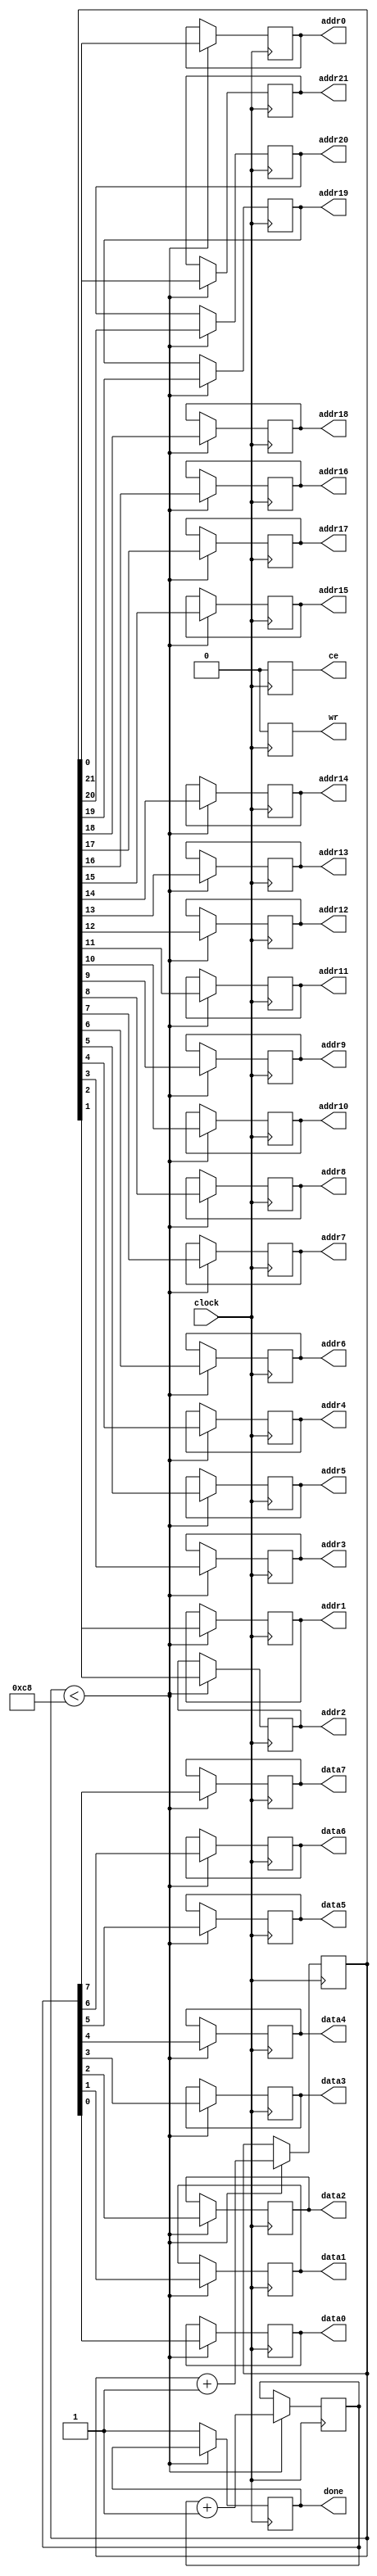
module flashMemory(

input 	clock,

output reg ce, wr, done,

output reg 	addr0,	addr1,	addr2,	addr3,	addr4,	addr5,	addr6,	addr7,	addr8,	addr9,
				addr10,	addr11,	addr12,	addr13,	addr14,	addr15,	addr16,	addr17,	addr18,	addr19,
				addr20,	addr21,

output reg 	data0,	data1,	data2,	data3,	data4,	data5,	data6,	data7
);

parameter maxCount = 21'd200;

reg [7:0] 	memData 	= 8'd0;
reg [21:0]	memAddr 	= 22'b0;

always @(posedge clock) begin

ce <= 0;
wr <= 0;

if(memAddr < maxCount) begin

addr0 	<= memAddr[0];
addr1 	<= memAddr[1];
addr2 	<= memAddr[2];
addr3 	<= memAddr[3];
addr4 	<= memAddr[4];
addr5 	<= memAddr[5];
addr6 	<= memAddr[6];
addr7 	<= memAddr[7];
addr8 	<= memAddr[8];
addr9 	<= memAddr[9];
addr10 	<= memAddr[10];
addr11 	<= memAddr[11];
addr12 	<= memAddr[12];
addr13 	<= memAddr[13];
addr14 	<= memAddr[14];
addr15 	<= memAddr[15];
addr16 	<= memAddr[16];
addr17 	<= memAddr[17];
addr18 	<= memAddr[18];
addr19 	<= memAddr[19];
addr20	<= memAddr[20];
addr21	<= memAddr[21];

data0		<= memData[0];
data1		<= memData[1];
data2		<= memData[2];
data3		<= memData[3];
data4		<= memData[4];
data5		<= memData[5];
data6		<= memData[6];
data7		<= memData[7];

memAddr = memAddr + 22'd1;
memData = memData + 1'd1;
end

else
done <= 1;





end

endmodule